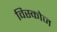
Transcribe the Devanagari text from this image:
विस्कोज